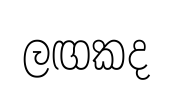
ලඟකද